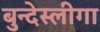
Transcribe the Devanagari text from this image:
बुन्देस्लीगा